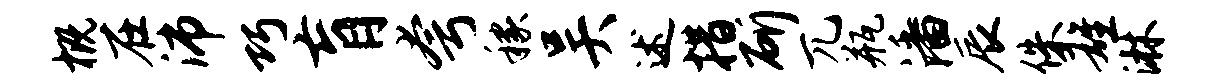
概在沛巧肓夸稼吴述措斫兀瓶潘辰侏雄淋